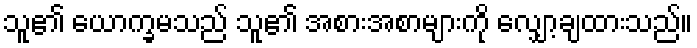
သူ၏ ယောက္ခမသည် သူ၏ အစားအစာများကို လျှော့ချထားသည်။